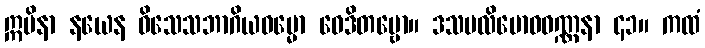
ဣမိနာ နယေန ဝိသေသဘာဂိယဓမ္မော ဝေဒိတဗ္ဗော။ ဒသပလိဗောဓဝဏ္ဏနာ ၄၁။ ကထံ